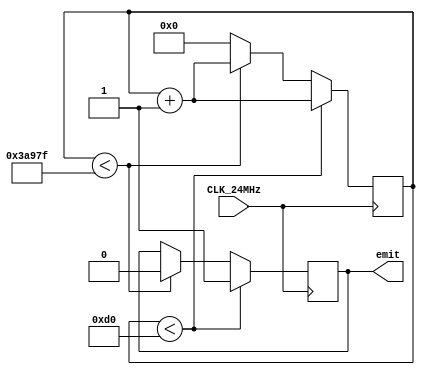
module UART_TX_ticker (input CLK_24MHz,
                       output reg emit = 1'b0);
    
    //  10ms  UART_TX 
    
    reg [24: 0] counter = 'd0;
    
    always @(posedge CLK_24MHz) begin
        if (counter < 'd208) begin
            emit    = 1'b1;
            counter = counter + 1;
        end
        else if (counter < 'd239999) begin
            emit    = 1'b0;
            counter = counter + 1;
        end
        else begin
            counter = 'd0;
        end
    end
    
endmodule